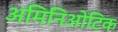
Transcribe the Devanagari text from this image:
अमिनिओटिक